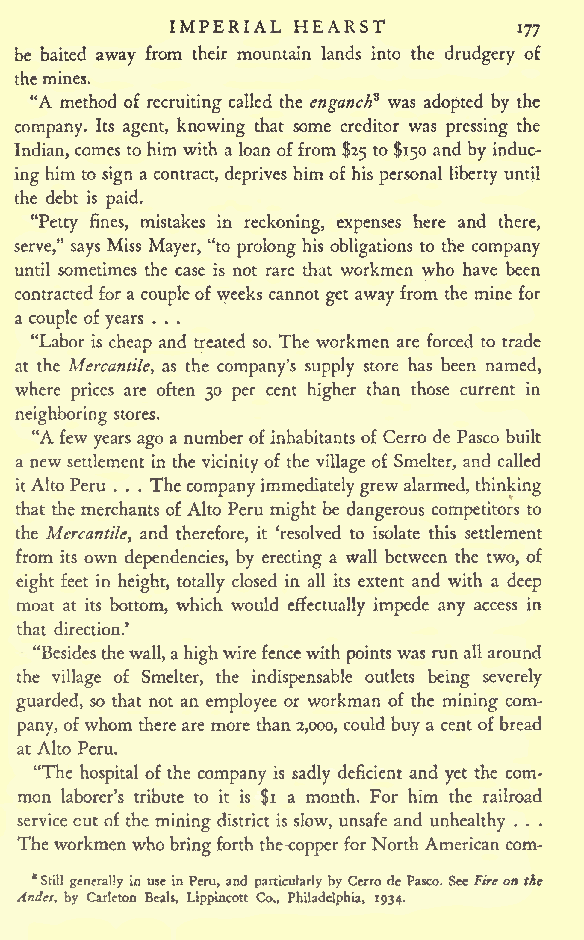
IMPERIAL HEARST
 177
 be baited away from their mountain lands into the drudgery of
 themines.
 "A method of recruiting called the enganch3 was adopted by the
 company. Its agent, knowing that some creditor was pressing the
 Indian, comesto him with a loan offrom $25 to $150 and by induc-
 inghim to sign a contract, deprives him of his personal liberty until
 the debt is paid.
 "Petty fines, mistakes in reckoning, expenses here and there,
 serve," says Miss Mayer, "to prolong his obligations to the company
 until sometimes the case is not rare that workmen who have been
 contracted fora coupleofweeks cannot get away from the mine for
 a couple of years . . .
 "Labor is cheap and treated so. The workmen are forced to trade
 at the Mercantile, as the company's supply store has been named,
 where prices are often 30 per cent higher than those current in
 neighboring stores.
 "Afew years ago a numberofinhabitantsof Cerro de Pasco built
 a new settlement in the vicinityof the village of Smelter, and called
 itAltoPeru . . . Thecompanyimmediatelygrewalarmed, thinking
 that the merchantsofAlto Peru might be dangerous competitors to
 the Mercantile, and therefore, it 'resolved to isolate this settlement
 from its own dependencies, by erecting a wall between the two, of
 eight feet in height, totally closed in all its extent and with a deep
 moat at its bottom, which would effectually impede any access in
 that direction.'
 "Besidesthewall,ahighwirefencewith pointswas runallaround
 the village of Smelter, the indispensable outlets being severely
 guarded, so that not an employee or workman of the mining com-
 pany, ofwhom thereare more than2,000, could buy a centofbread
 at Alto Peru.
 "The hospital of the company is sadly deficient and yet the com-
 mon laborer's tribute to it is $i a month. For him the railroad
 servicecut ofthe mining district is slow, unsafe and unhealthy . . .
 Theworkmen who bringforththe-copperforNorthAmerican com-
 *Still generally in use inPeru,and particularlyby CerrodePasco. SeeFireonthe
 Andtf, by Carleton Bcals, Lippincott Co., Philadelphia, 1934.